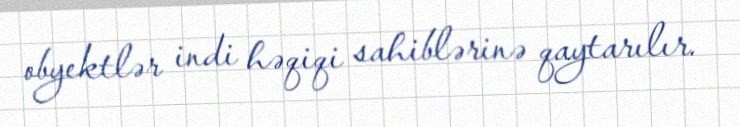
obyektlər indi həqiqi sahiblərinə qaytarılır.